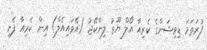
ފުރަތަމަ ޑިވިޝަންގެ ކެރިއާ އޯލް ޔޫތު ލިންކޭޖު (އޭވައިއެލް) އިން ކެރިއާ ފެށި